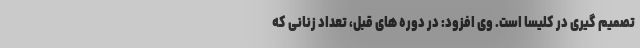
تصمیم گیری در کلیسا است. وی افزود: در دوره های قبل، تعداد زنانی که